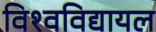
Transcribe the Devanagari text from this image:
विश्‍वविद्यायल